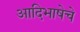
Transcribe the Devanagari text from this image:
आदिभाषेचे